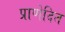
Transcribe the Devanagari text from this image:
प्राणेदित